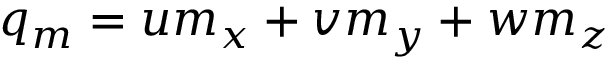
q _ { m } = u m _ { x } + v m _ { y } + w m _ { z }